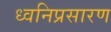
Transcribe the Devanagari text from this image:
ध्वनिप्रसारण